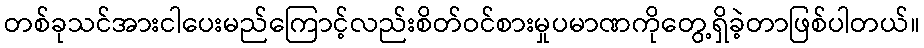
တစ်ခုသင်အားငါပေးမည်ကြောင့်လည်းစိတ်ဝင်စားမှုပမာဏကိုတွေ့ရှိခဲ့တာဖြစ်ပါတယ်။